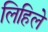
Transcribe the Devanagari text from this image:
लिहिलेे